Annual report on the lock hospitals of the Madras Presidency
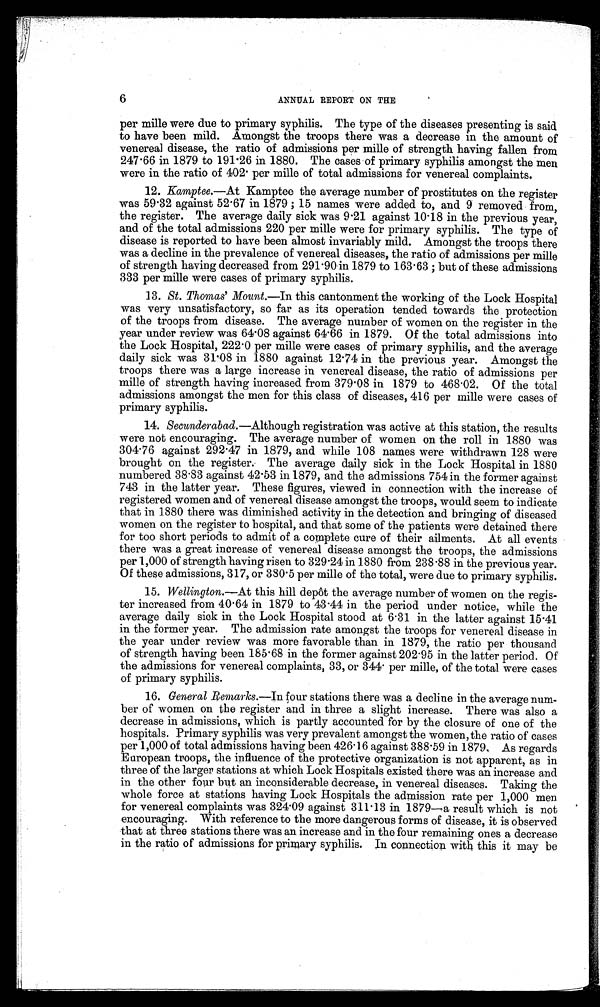
6
ANNUAL REPORT ON THE
per mile were due to primary syphilis. The type of the diseases presenting is said
to have been mild. Amongst the troops there was a decrease in the amount of
venereal disease, the ratio of admissions per mile of strength having fallen from
247.66 in 1879 to 191.26 in 1880. The cases of primary syphilis amongst the men
were in the ratio of 402. per mile of total admissions for venereal complaints.
12. Kamptee.—At Kamptee the average number of prostitutes on the register
was 59.32 against 52.67 in 1879 ; 15 names were added to, and 9 removed from,
the register. The average daily sick was 9.21 against 10.18 in the previous year,
and of the total admissions 220 per male were for primary syphilis. The type of
disease is reported to have been almost invariably mild. Amongst the troops there
was a decline in the prevalence of venereal diseases, the ratio of admissions per mille
of strength having decreased from 291.90 in 1879 to 163.63 ; but of these admissions
333 per mille were cases of primary syphilis.
13. St. Thomas' Mount.—In this cantonment the working of the Lock Hospital
was very unsatisfactory, so far as its operation tended towards the protection
of the troops from disease. The average number of women on the register in the
year under review was 64.08 against 64.66 in 1879. Of the total admissions into
the Lock Hospital, 222.0 per mile were cases of primary syphilis, and the average
daily sick was 31.08 in 1880 against 12.74 in the previous year. Amongst the
troops there was a large increase in venereal disease, the ratio of admissions per
mile of strength having increased from 379.08 in 1879 to 468.02. Of the total
admissions amongst the men for this class of diseases, 416 per mile were cases of
primary syphilis.
14. Secunderabad.—Although registration was active at this station, the results
were not encouraging. The average number of women on the roll in 1880 was
304.76 against 292.47 in 1879, and while 108 names were withdrawn 128 were
brought on the register. The average daily sick in the Lock Hospital in 1880
numbered 38.83 against 42.53 in 1879, and the admissions 754 in the former against
743 in the latter year. These figures, viewed in connection with the increase of
registered women and of venereal disease amongst the troops, would seem to indicate
that in 1880 there was diminished activity in the detection and bringing of diseased
women on the register to hospital, and that some of the patients were detained there
for too short periods to admit of a complete cure of their ailments. At all events
there was a great increase of venereal disease amongst the troops, the admissions
per 1,000 of strength having risen to 329.24 in 1880 from 238.88 in the previous year.
Of these admissions, 317, or 380.5 per mille of the total, were due to primary syphilis.
15. Wellington .—At this hill depot the average number of women on the regis-
ter increased from 40.64 in 1879 to 43.44 in the period under notice, while the
average daily sick in the Lock Hospital stood at 6.31 in the latter against 15.41
in the former year. The admission rate amongst the troops for venereal disease in
the year under review was more favorable than in 1879, the ratio per thousand
of strength having been 185.68 in the former against 202.95 in the latter period. Of
the admissions for venereal complaints, 33, or 344. per mile, of the total were cases
of primary syphilis.
16. General Remarks.—In four stations there was a decline in the average num.
ber of women on the register and in three a slight increase. There was also a
decrease in admissions, which is partly accounted for by the closure of one of the
hospitals. Primary syphilis was very prevalent amongst the women, the ratio of cases
per 1,000 of total admissions having been 426.16 against 388.59 in 1879, As regards
European troops, the influence of the protective organization is not apparent, as in
three of the larger stations at which Lock Hospitals existed there was an increase and
in the other four but an inconsiderable decrease, in venereal diseases. Taking the
whole force at stations having Lock Hospitals the admission rate per 1,000 men
for venereal complaints was 324.09 against 311.13 in 1879—a result which is not
encouraging. With reference to the more dangerous forms of disease, it is observed
that at three stations there was an increase and in the four remaining ones a decrease
in the ratio of admissions for primary syphilis. In connection with this it may be